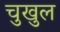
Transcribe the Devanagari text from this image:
चुखुल